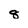
Character: 8